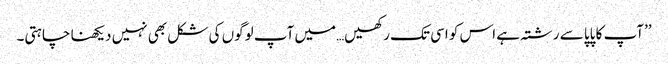
’’آپ کا پاپا سے رشتہ ہے اس کو اسی تک رکھیں…میں آپ لوگوں کی شکل بھی نہیں دیکھنا چاہتی۔